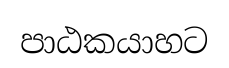
පාඨකයාහට